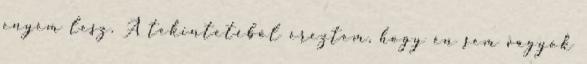
enyém lesz. A tekintetéből éreztem, hogy én sem vagyok